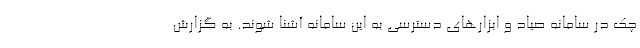
چک در سامانه صیاد و ابزارهای دسترسی به این سامانه آشنا شوند. به گزارش